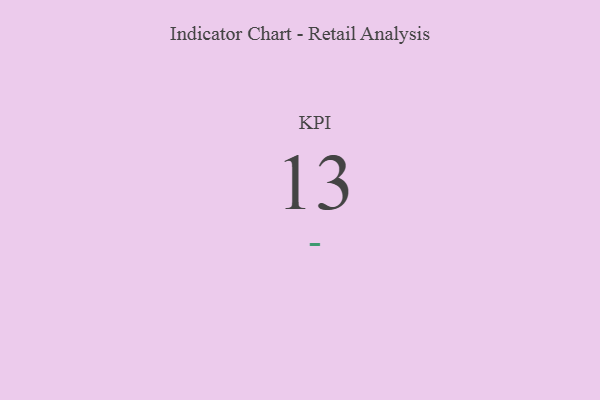
{"axis": {"x": "KPI", "y": "Value"}, "legend": [""], "data": [{"x": "KPI", "y": 13, "type": ""}]}